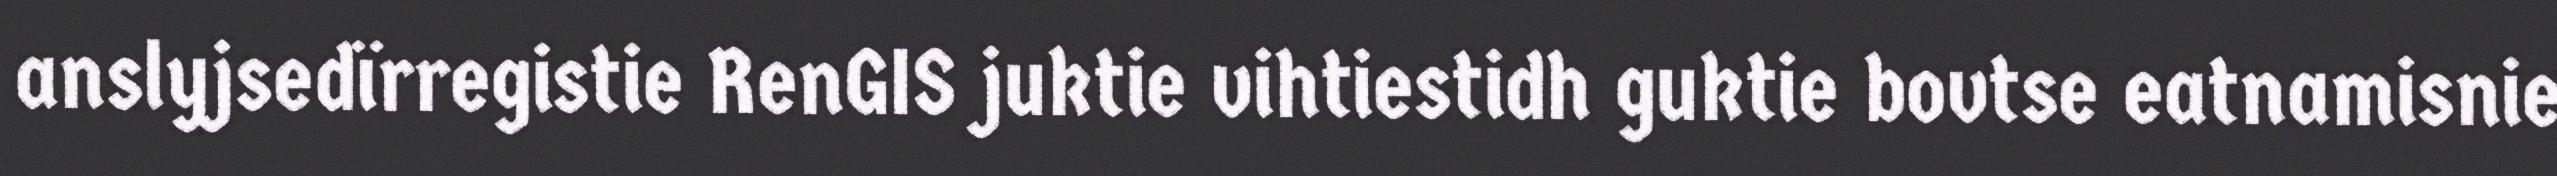
anslyjsedïrregistie RenGIS juktie vihtiestidh guktie bovtse eatnamisnie